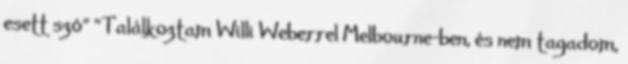
esett szó" "Találkoztam Willi Weberrel Melbourne-ben, és nem tagadom,